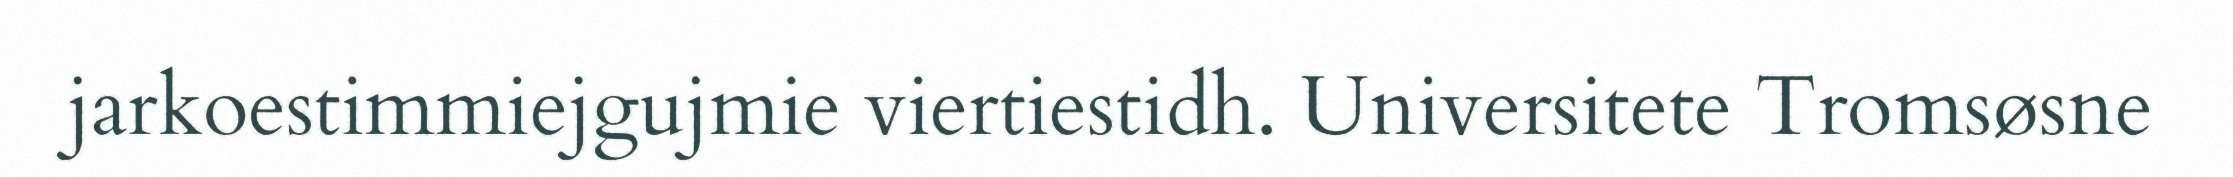
jarkoestimmiejgujmie viertiestidh. Universitete Tromsøsne